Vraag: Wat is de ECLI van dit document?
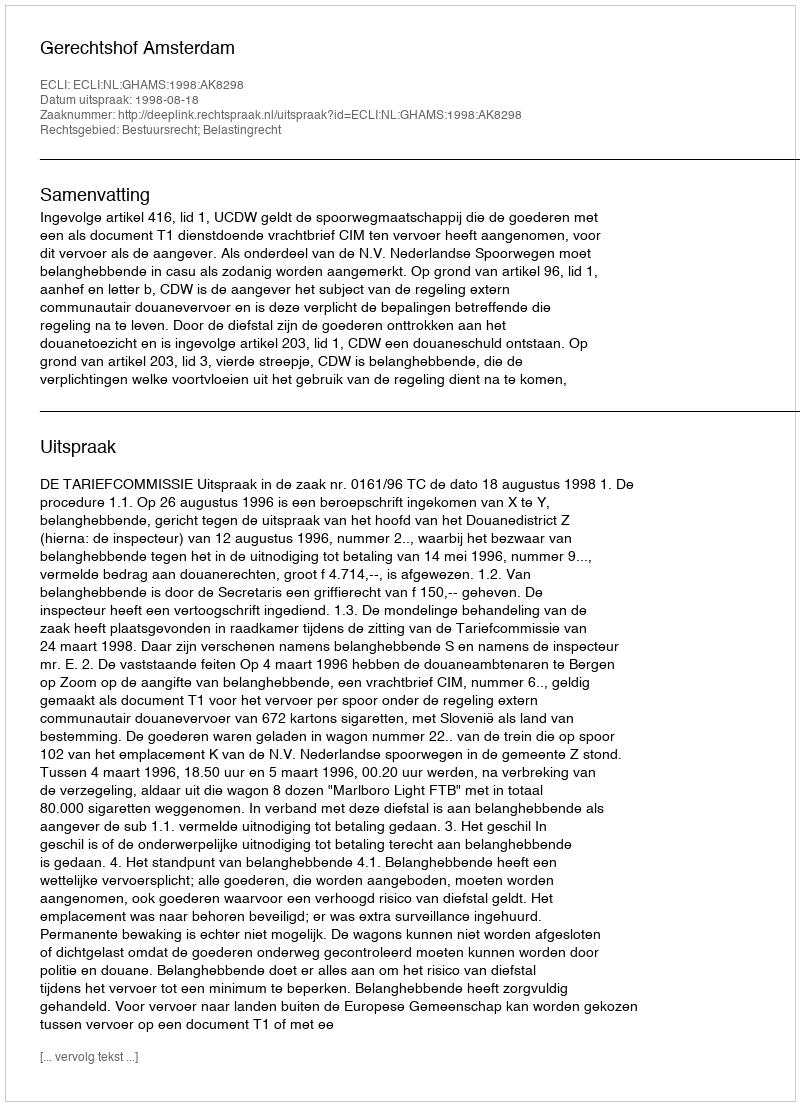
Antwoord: ECLI:NL:GHAMS:1998:AK8298